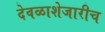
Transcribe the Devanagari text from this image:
देवळाशेजारीच